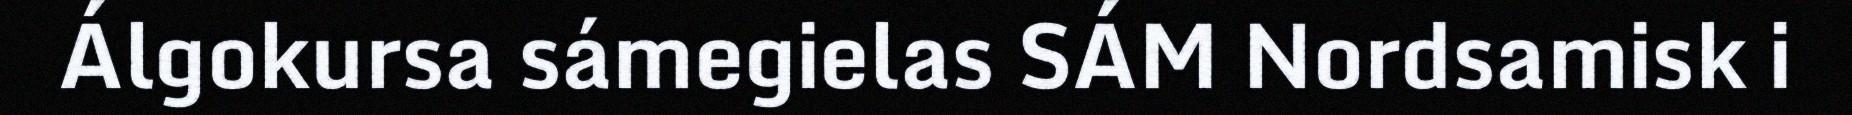
Álgokursa sámegielas SÁM Nordsamisk i